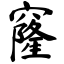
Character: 窿